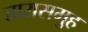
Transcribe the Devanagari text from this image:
तारासमुह